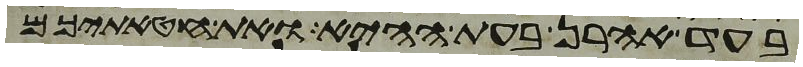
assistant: בעד אהרן בעת ההיא ואת חטאתיכם